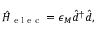
\hat { H } _ { \textrm { e l e c } } = \epsilon _ { M } \hat { d } ^ { \dagger } \hat { d } ,